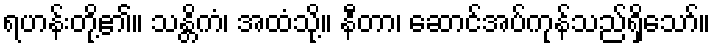
ရဟန်းတို့၏။ သန္တိကံ၊ အထံသို့။ နီတာ၊ ဆောင်အပ်ကုန်သည်ရှိသော်။